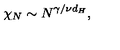
\protect \chi _ { N } \sim N ^ { \gamma / \nu d _ { H } } ,